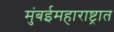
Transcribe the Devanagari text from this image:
मुंबईमहाराष्ट्रात